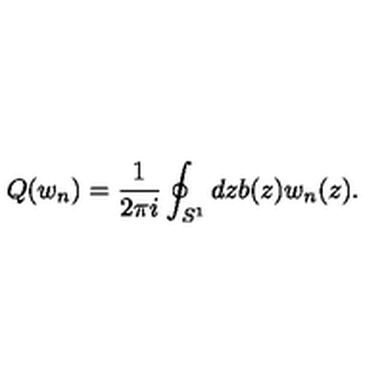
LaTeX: Q ( w _ { n } ) = \frac { 1 } { 2 \pi i } \oint _ { S ^ { 1 } } d z b ( z ) w _ { n } ( z ) .